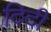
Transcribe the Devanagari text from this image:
दिदी